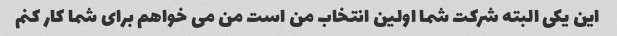
این یکی البته شرکت شما اولین انتخاب من است من می خواهم برای شما کار کنم